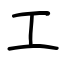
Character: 工